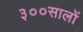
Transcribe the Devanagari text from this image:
३००सालों